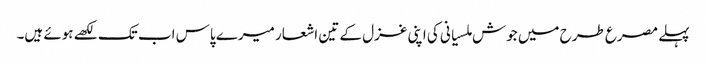
پہلے مصرع طرح میں جوش ملسیانی کی اپنی غزل کے تین اشعار میرے پاس اب تک لکھے ہوئے ہیں۔